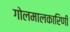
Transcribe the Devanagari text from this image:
गोलमालकारिणी